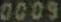
0009